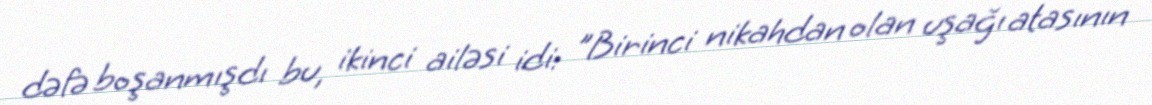
dəfə boşanmışdı bu, ikinci ailəsi idi: "Birinci nikahdan olan uşağı atasının